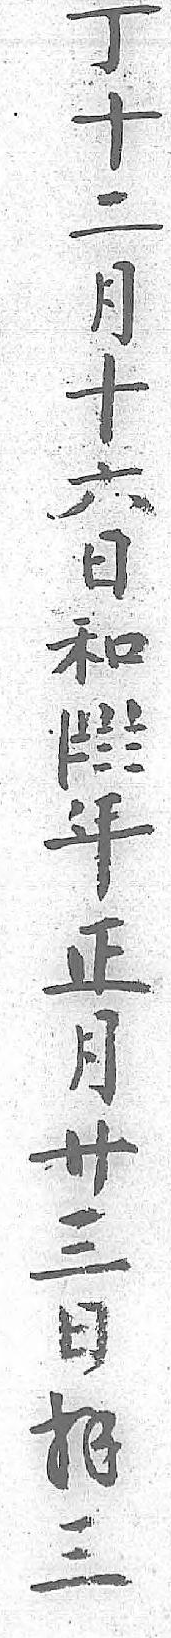
丁〡年十〧正二〨月月〨卄十 三六 日日 拝和 三